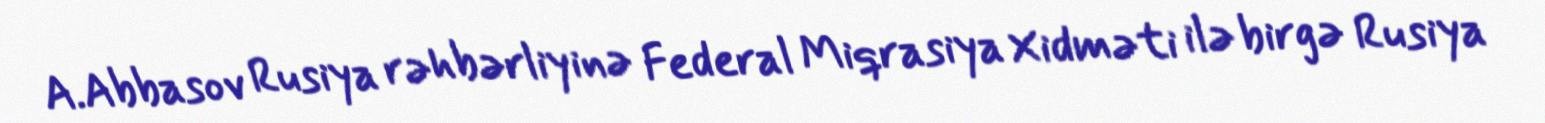
A.Abbasov Rusiya rəhbərliyinə Federal Miqrasiya Xidməti ilə birgə Rusiya